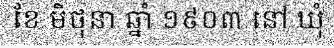
ខែ មិថុនា ឆ្នាំ ១៩០៣ នៅ ឃុំ